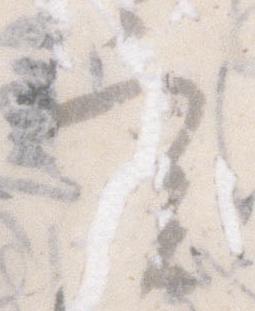
実